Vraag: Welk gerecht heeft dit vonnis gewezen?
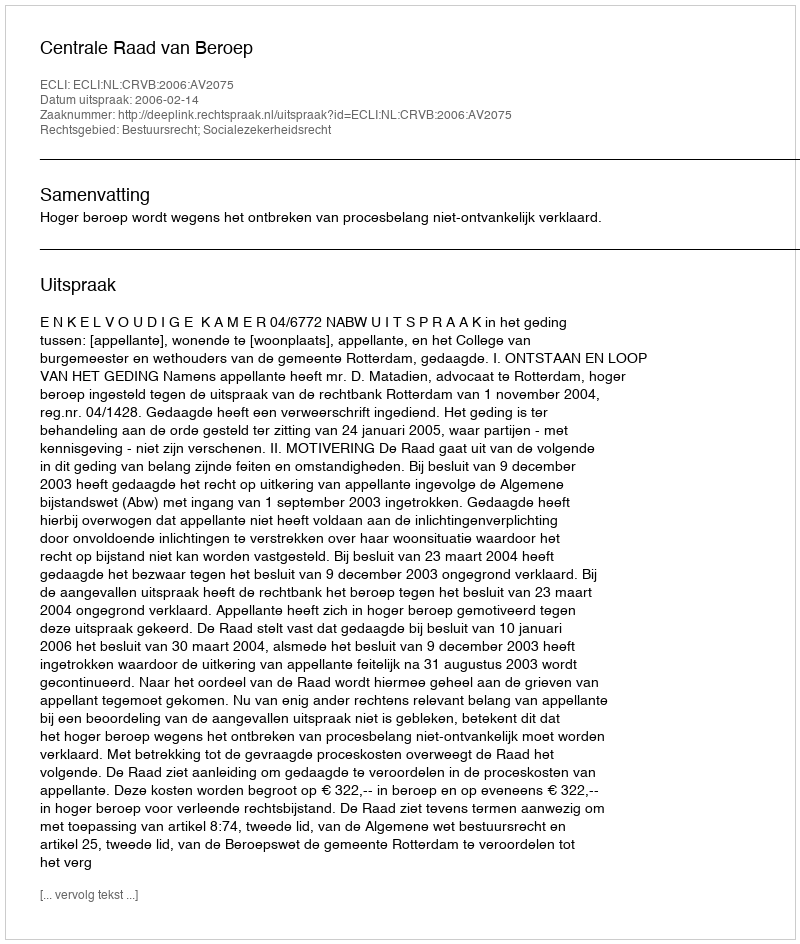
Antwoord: Centrale Raad van Beroep